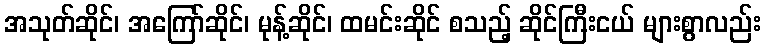
အသုတ်ဆိုင်၊ အကြော်ဆိုင်၊ မုန့်ဆိုင်၊ ထမင်းဆိုင် စသည့် ဆိုင်ကြီးငယ် များစွာလည်း